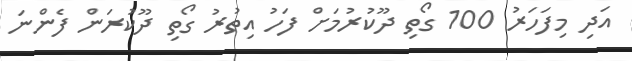
އަދި މިފަހަރު 100 ގޯތި ދޫކުރުމަށް ފަހު އިތުރު ގޯތި ދޫކުރަން ފެންނަ